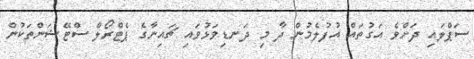
ސަޕްލައި ދަށްވެ އަގުތައް އުފުލެމުން ދާ މި ދަނޑިވަޅުވައި ޗައިނާގެ ޕެޓްރޯލް ސްޓޭޝަންތަކުން